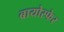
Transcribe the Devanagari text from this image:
बायोस्फेर